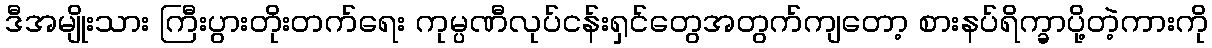
ဒီအမျိုးသား ကြီးပွားတိုးတက်ရေး ကုမ္ပဏီလုပ်ငန်းရှင်တွေအတွက်ကျတော့ စားနပ်ရိက္ခာပို့တဲ့ကားကို